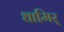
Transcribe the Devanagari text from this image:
धामिर्